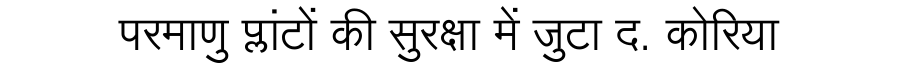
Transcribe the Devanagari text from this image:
परमाणु प्लांटों की सुरक्षा में जुटा द. कोरिया